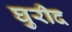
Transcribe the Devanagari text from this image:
घुरीद